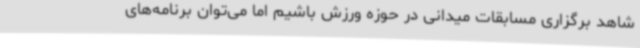
شاهد برگزاری مسابقات میدانی در حوزه ورزش باشیم اما می‌توان برنامه‌های